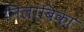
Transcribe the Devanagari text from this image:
निलांबिका